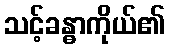
သင့်ခန္ဓာကိုယ်၏